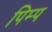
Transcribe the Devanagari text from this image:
पिम्प